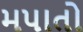
મપાતો